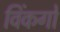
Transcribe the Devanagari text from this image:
विंकगो